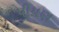
પીયણ